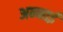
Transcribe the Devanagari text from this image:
अन्नाई